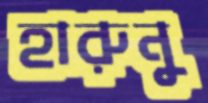
হারুনু